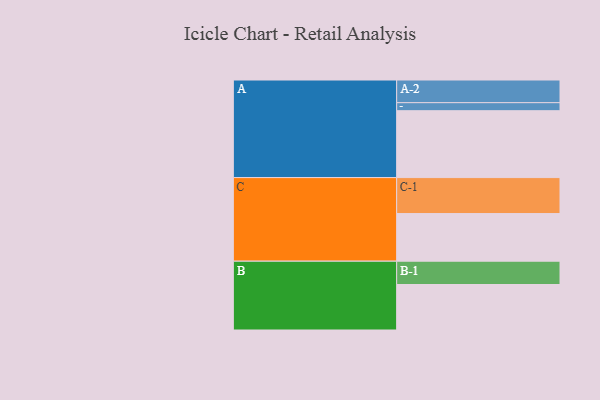
{"axis": {"x": "Segment", "y": "Value"}, "legend": ["", "A", "B", "C"], "data": [{"x": "A", "y": 525, "type": ""}, {"x": "B", "y": 357, "type": ""}, {"x": "C", "y": 374, "type": ""}, {"x": "A-1", "y": 63, "type": "A"}, {"x": "A-2", "y": 178, "type": "A"}, {"x": "B-1", "y": 183, "type": "B"}, {"x": "C-1", "y": 282, "type": "C"}]}